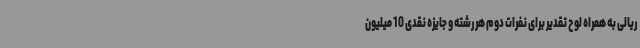
ریالی به همراه لوح تقدیر برای نفرات دوم هر رشته و جایزه نقدی 10 میلیون